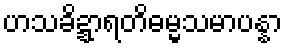
ဟသခိဍ္ဍာရတိဓမ္မသမာပန္နာ